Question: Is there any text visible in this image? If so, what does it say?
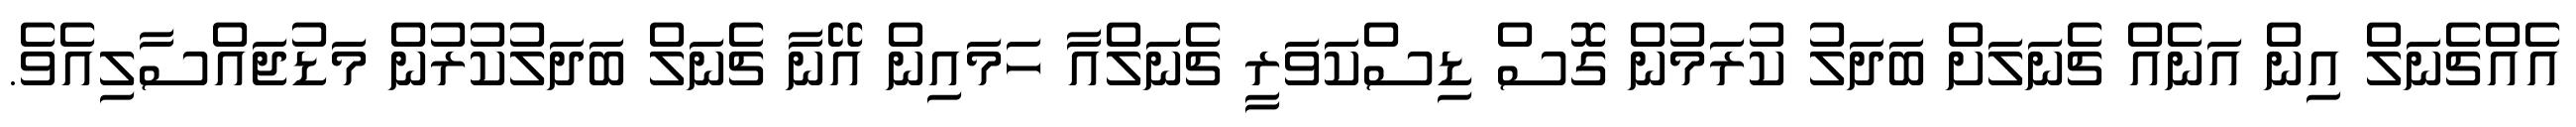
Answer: އެއްޗެނަލް އިން އަނެއް ޗެނަލަށް ބަދަލު ކުރަމުން ގޮސް ޑިސްކަވަރީ ޗެނަލްއާ ހަމައިން އޭނާ ޗެނަލް ބަދަލުކުރުން މަޑުޖައްސާލިއެވެ.